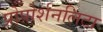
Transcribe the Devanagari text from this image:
प्रोपोर्शनलिटा